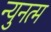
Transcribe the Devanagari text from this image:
न्युनत्म